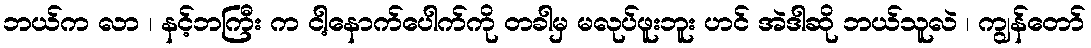
ဘယ်က လာ ၊ နင့်ဘကြီး က ငါ့နောက်ပေါက်ကို တခါမှ မလုပ်ဖူးဘူး ဟင် အဲဒါဆို ဘယ်သူလဲ ၊ ကျွန်တော်